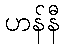
ဟန်နီ